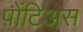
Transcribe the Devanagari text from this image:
पोंटिअस